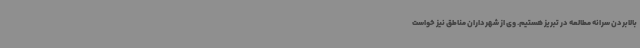
بالابردن سرانه مطالعه در تبریز هستیم. وی از شهرداران مناطق نیز خواست